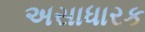
અસાધારક